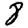
Digit: 8